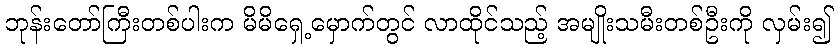
ဘုန်းတော်ကြီးတစ်ပါးက မိမိရှေ့မှောက်တွင် လာထိုင်သည့် အမျိုးသမီးတစ်ဦးကို လှမ်း၍